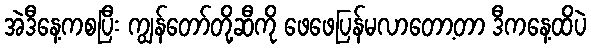
အဲဒီနေ့ကစပြီး ကျွန်တော်တို့ဆီကို ဖေဖေပြန်မလာတော့တာ ဒီကနေ့ထိပဲ